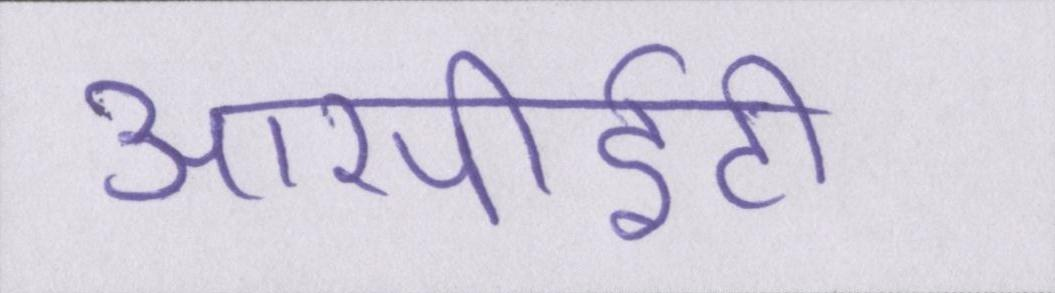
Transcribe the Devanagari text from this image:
आरपीईटी